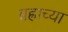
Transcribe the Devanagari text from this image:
ब्रह्राच्या